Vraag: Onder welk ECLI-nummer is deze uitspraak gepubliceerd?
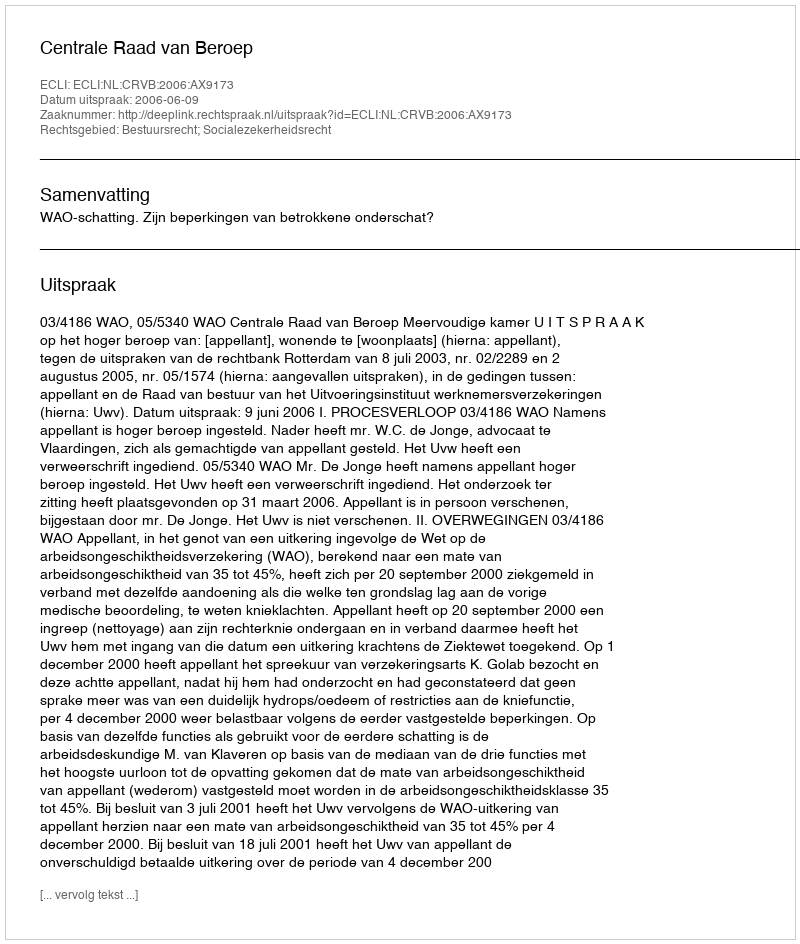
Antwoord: ECLI:NL:CRVB:2006:AX9173